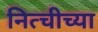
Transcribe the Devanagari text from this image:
नित्चीच्या